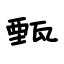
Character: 甄